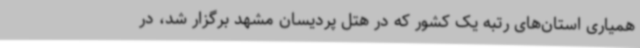
همیاری استان‌های رتبه یک کشور که در هتل پردیسان مشهد برگزار شد، در